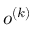
o ^ { ( k ) }